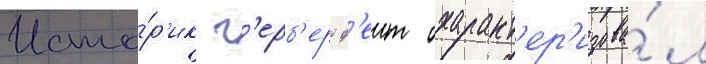
Исто́р'ик г'ерб'ерт ф'еит охаракт'ер'изова́л